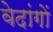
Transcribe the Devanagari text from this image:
वेदांगाें